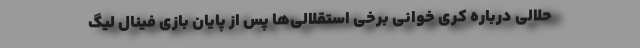
حلالی درباره کری خوانی برخی استقلالی‌ها پس از پایان بازی فینال لیگ